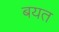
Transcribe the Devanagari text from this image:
बयत